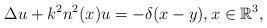
LaTeX: \begin{align*}\Delta u+k^{2}n^{2}(x)u=-\delta (x-y),x\in \mathbb{R}^{3},\end{align*}